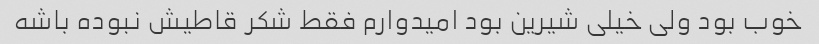
خوب بود ولی خیلی شیرین بود امیدوارم فقط شکر قاطیش نبوده باشه